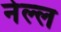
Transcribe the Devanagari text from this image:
नेल्ल